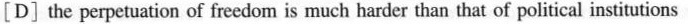
[D]the perpetuation of freedom is much harder than that of political institutions